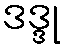
ဒဒ္ဒု